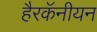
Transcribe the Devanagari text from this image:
हैरकॅनीयन